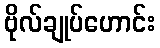
ဗိုလ်ချုပ်ဟောင်း